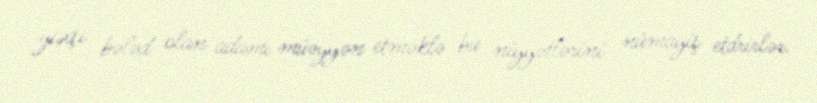
yaxşı bələd olan adamı müəyyən etməklə bu niyyətlərini nümayiş etdrirlər.